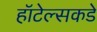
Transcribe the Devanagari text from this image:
हॉटेल्सकडे